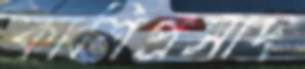
কাশিপ্রসাদ